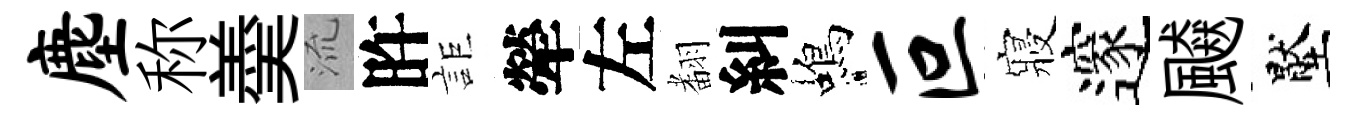
麈称羮𣴑旿詎犖左𮋒糾蝎叵寢邃飇壓